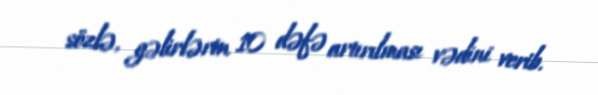
sözlə, gəlirlərin 10 dəfə artırılması vədini verib.